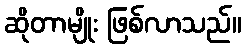
ဆိုတာမျိုး ဖြစ်လာသည်။